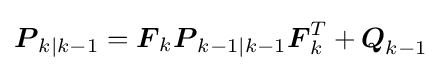
{\boldsymbol {P}}_{k|k-1}={{\boldsymbol {F}}_{k}}{\boldsymbol {P}}_{k-1|k-1}{{\boldsymbol {F}}_{k}^{T}}+{\boldsymbol {Q}}_{k-1}